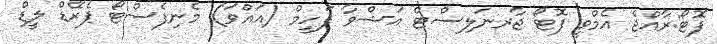
ފޮޓޯ:ރާއްޖެ އެމްވީ ފޮޓޯ ޖާރނަލިސްޓް އަޝްވާ ފަހީމް (އައްވަ) މެނިފެސްޓޯ ޕެރޭޑް ލީޑް